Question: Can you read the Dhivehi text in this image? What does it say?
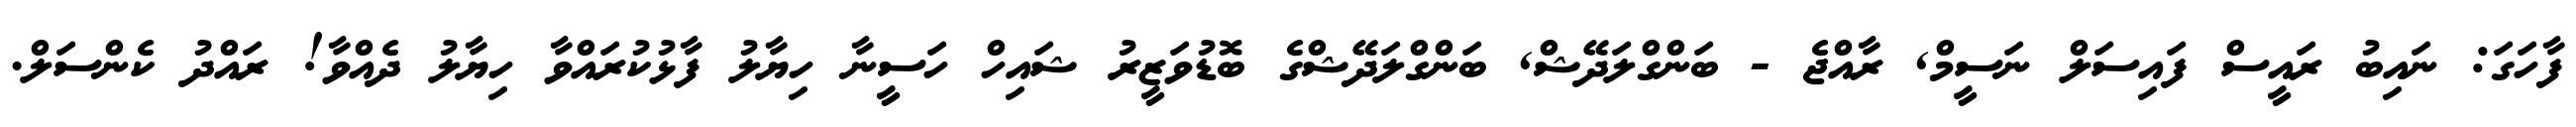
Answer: ފާހަގަ: ނައިބު ރައީސް ފައިސަލް ނަސީމް, ރާއްޖެ - ބަންގްލަދޭޝް, ބަންގްލަދޭޝްގެ ބޮޑުވަޒީރު ޝައިހް ހަސީނާ ހިޔާލު ފާޅުކުރައްވާ ހިޔާލު ދެއްވާ! ރައްދު ކެންސަލް.